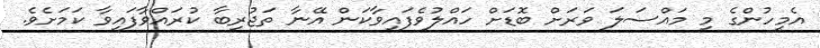
އެމީހުންގެ މި މައްސަލަ ވަރަށް ބޮޑަށް ހައްލުވެފައިވާކަން އޭނާ ތަޖުރިބާ ކުރައްވާފައިވާ ކަމަށެވެ.